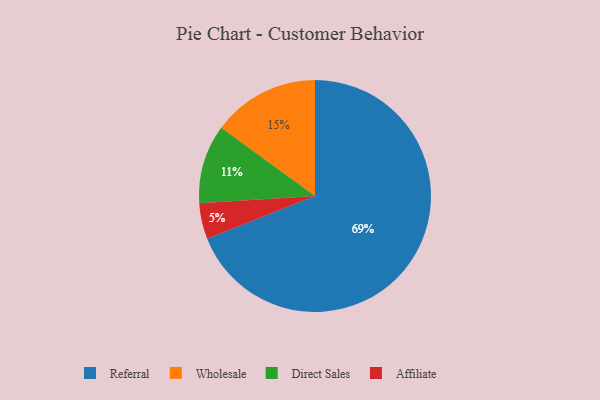
{"axis": {"x": "Category", "y": "Percentage"}, "legend": ["Affiliate", "Direct Sales", "Referral", "Wholesale"], "data": [{"x": "Referral", "y": 69, "type": "Referral"}, {"x": "Direct Sales", "y": 11, "type": "Direct Sales"}, {"x": "Affiliate", "y": 5, "type": "Affiliate"}, {"x": "Wholesale", "y": 15, "type": "Wholesale"}]}